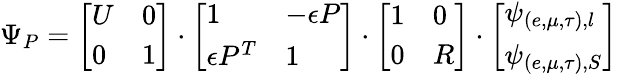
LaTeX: \Psi_{P}=\left[\begin{array}{ll}{{U}}&{{0}}\\ {{0}}&{{1}}\end{array}\right]\cdot\left[\begin{array}{ll}{{1}}&{{-\epsilon P}}\\ {{\epsilon P^{T}}}&{{1}}\end{array}\right]\cdot\left[\begin{array}{ll}{{1}}&{{0}}\\ {{0}}&{{R}}\end{array}\right]\cdot\left[\begin{array}{l}{{\psi_{(e,\mu,\tau),l}}}\\ {{\psi_{(e,\mu,\tau),S}}}\end{array}\right]